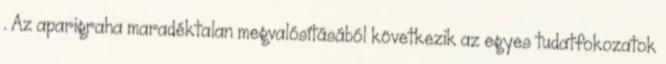
. Az aparigraha maradéktalan megvalósításából következik az egyes tudatfokozatok